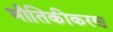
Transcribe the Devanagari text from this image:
भौतिकीकरण